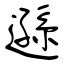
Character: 遜